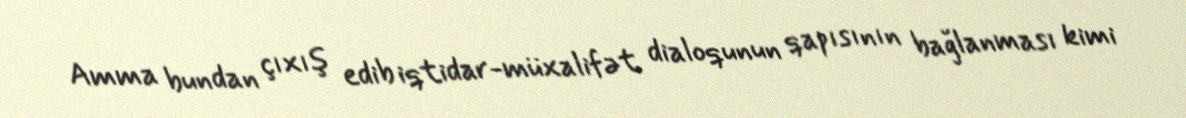
Amma bundan çıxış edib iqtidar-müxalifət dialoqunun qapısının bağlanması kimi